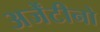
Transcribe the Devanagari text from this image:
अर्जेंटीनो